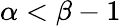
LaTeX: \alpha<\beta-1